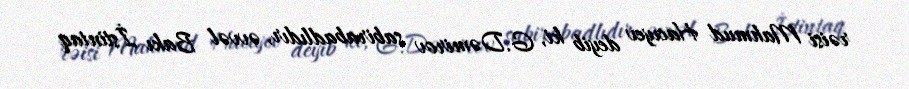
rəisi Mahmud Hacıyev deyib ki, G.Dəmirov sabirabadlıdır, əvvəl Bakı İstintaq